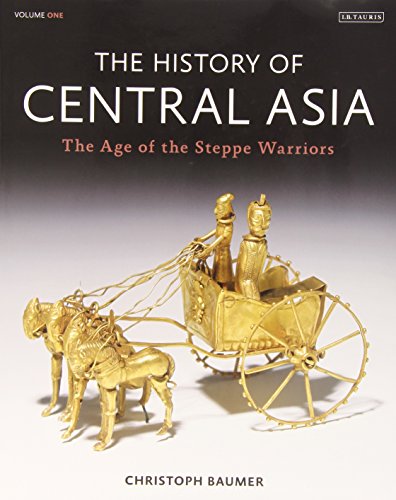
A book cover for The History of Central Asia: The Age of the Steppe Warriors; Christoph Baumer; Science & Math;